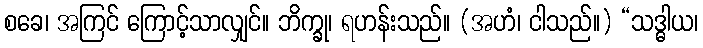
စခေ၊ အကြင် ကြောင့်သာလျှင်။ ဘိက္ခု၊ ရဟန်းသည်။ (အဟံ၊ ငါသည်။) “သဒ္ဓါယ၊